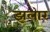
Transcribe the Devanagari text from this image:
झलार